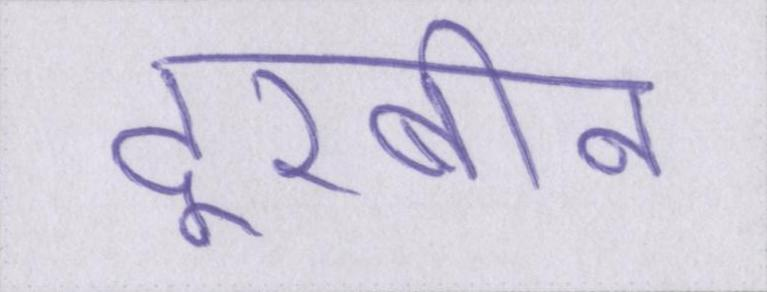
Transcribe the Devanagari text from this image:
दूरबीन